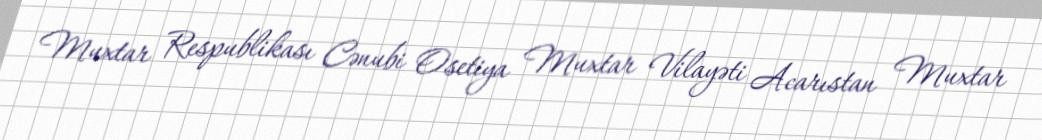
Muxtar Respublikası Cənubi Osetiya Muxtar Vilayəti Acarıstan Muxtar